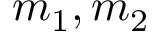
m _ { 1 } , m _ { 2 }